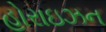
હોરાઇઝન